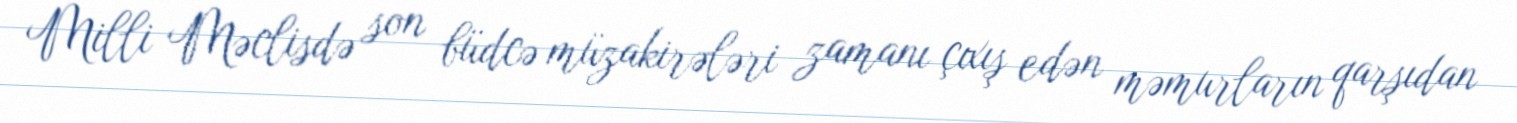
Milli Məclisdə son büdcə müzakirələri zamanı çıxış edən məmurların qarşıdan